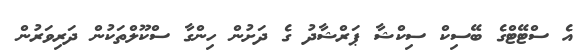
އެ ސްޓޭޓްގެ ބޭސިކް ސިކްޝާ ޕަރްޝާދު ގެ ދަށުން ހިންގާ ސްކޫލްތަކުން ދަރިވަރުން